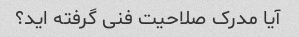
آیا مدرک صلاحیت فنی گرفته اید؟